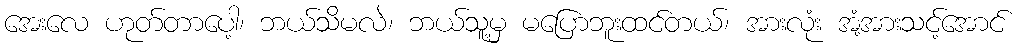
အေးလေ ဟုတ်တာပေါ့၊ ဘယ်သိမလဲ၊ ဘယ်သူ့မှ မပြောဘူးထင်တယ်၊ အားလုံး အံ့အားသင့်အောင်